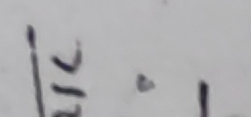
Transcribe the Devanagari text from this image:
रि